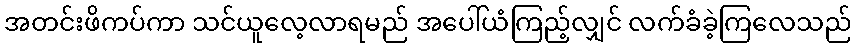
အတင်းဖိကပ်ကာ သင်ယူလေ့လာရမည် အပေါ်ယံကြည့်လျှင် လက်ခံခဲ့ကြလေသည်